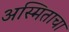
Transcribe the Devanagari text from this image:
अस्मिताचा